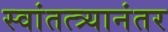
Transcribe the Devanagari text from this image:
स्वांतत्त्र्यानंतर